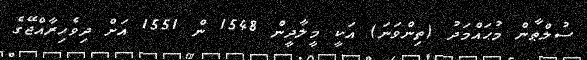
ސުލްޠާން މުޙައްމަދު (ތިންވަނަ) އަކީ މީލާދީން 1548 ން 1551 އަށް ދިވެހިރާއްޖޭގެ